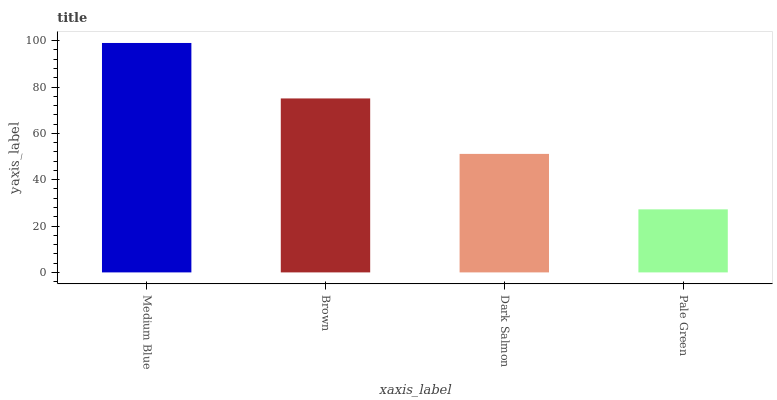
| xaxis_label | bars |
 | --- | --- |
 | Medium Blue | 99 |
 | Brown | 75.1 |
 | Dark Salmon | 51.1 |
 | Pale Green | 27.2 |